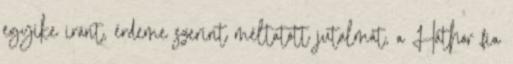
egyike iránt, érdeme szerint méltatott jutalmát, a Háthor fia